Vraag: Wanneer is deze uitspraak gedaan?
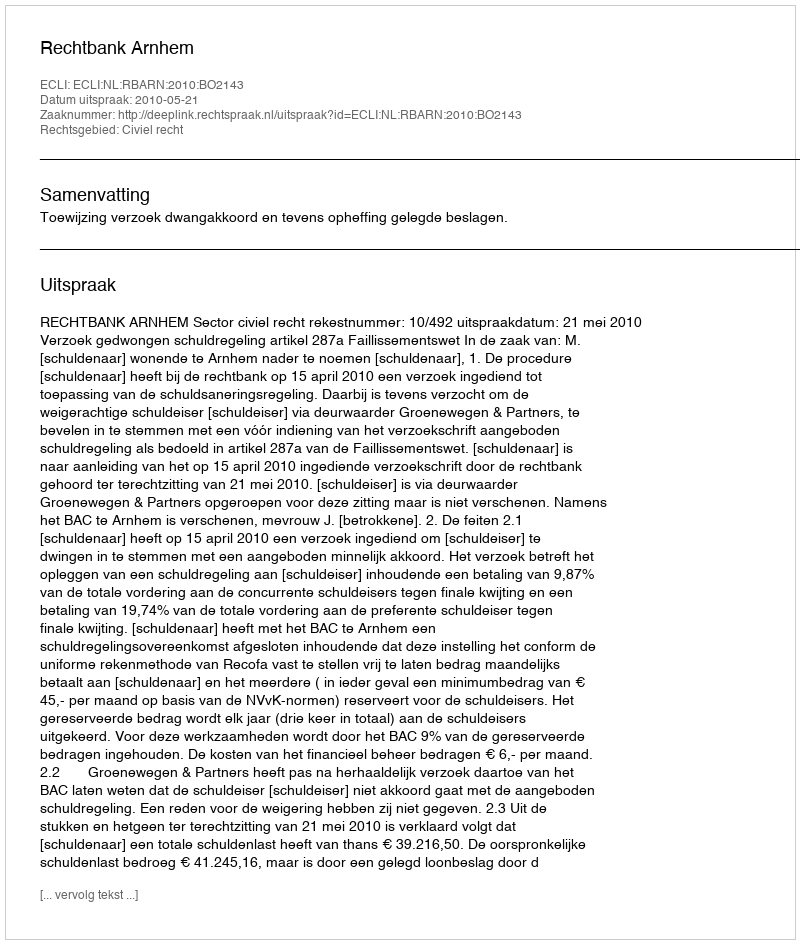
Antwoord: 2010-05-21